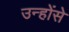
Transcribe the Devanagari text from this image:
उन्होंसे